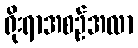
ရိုးရာအစဉ်အလာ